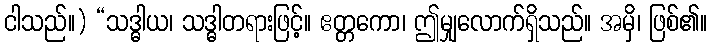
ငါသည်။) “သဒ္ဓါယ၊ သဒ္ဓါတရားဖြင့်။ ဧတ္တကော၊ ဤမျှလောက်ရှိသည်။ အမှိ၊ ဖြစ်၏။